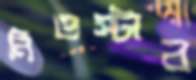
নিওস্টার